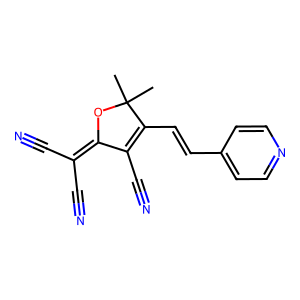
SMILES: CC1(C)OC(=C(C#N)C#N)C(C#N)=C1C=Cc1ccncc1
Inhibits HIV replication: No